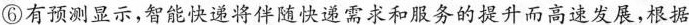
⑥有预测显示，智能快递将伴随快递需求和服务的提升而高速发展，根据